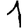
Digit: 1